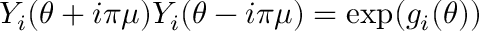
Y _ { i } ( \theta + i \pi \mu ) Y _ { i } ( \theta - i \pi \mu ) = \exp ( g _ { i } ( \theta ) )